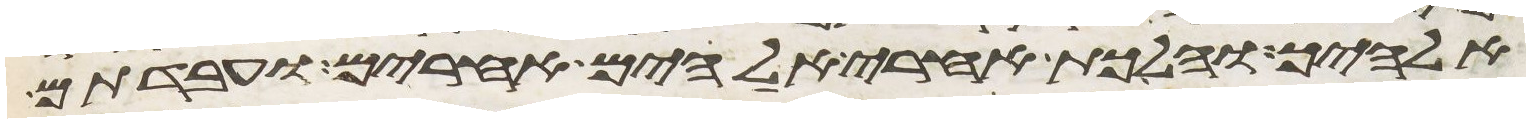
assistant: אלהיך והלכת אחרי אלהים אחרים ועבדתם